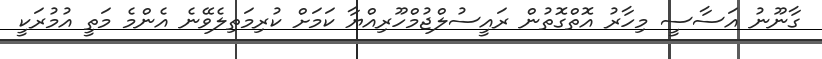
ގާނޫނު އަސާސީ މިހާރު އޮތްގޮތުން ރައީސުލްޖުމްހޫރިއްޔާ ކަމަށް ކުރިމަތިލެވޭނެ އެންމެ މަތީ އުމުރަކީ